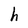
Character: h